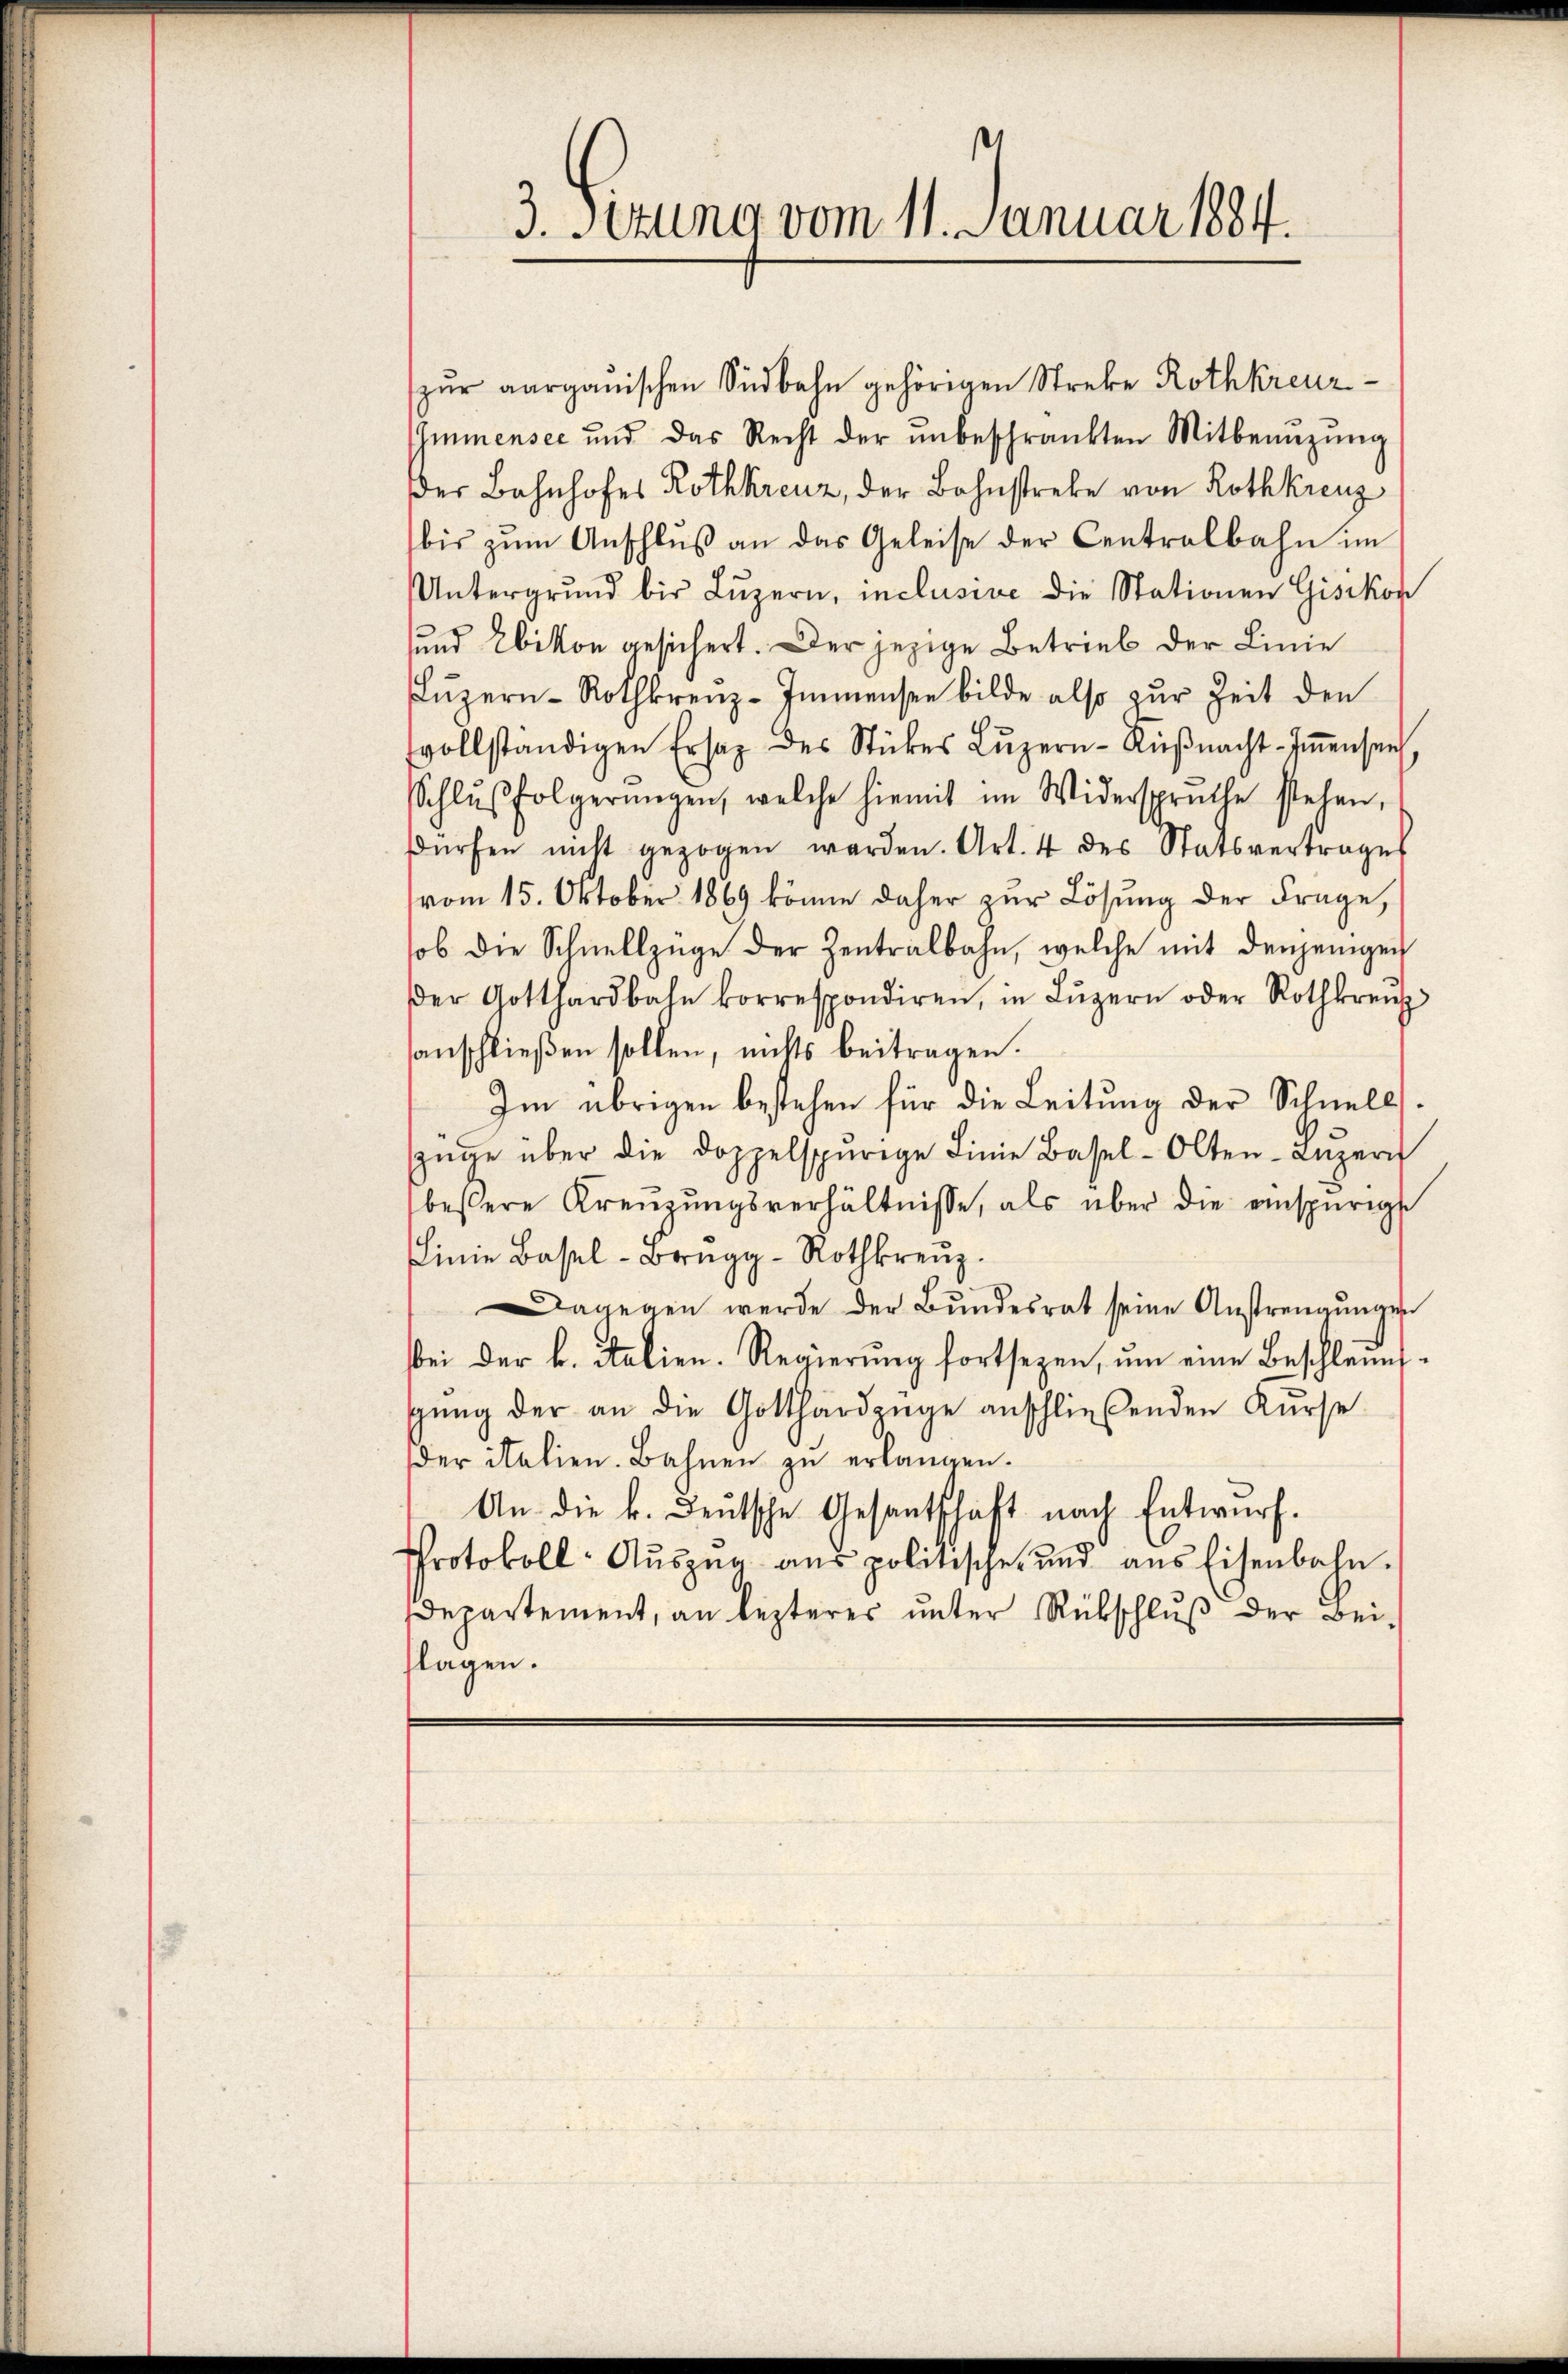
3. Setzung vom 11. Januar 1884.

pŭr aarganischen Südbahn gehörigen Streke Rothkreuz¬
Immensee und das Recht der ŭnbeschränkten Mitbenŭzŭng
Der Bahnhofes Rothkreuz, der Bahnstreke von Rothkreuz
bis zŭm Anschluß an das Geleise der Centralbahn im
Untergrund bis Lŭzern, inclusive die Stationen Gisikon
und Ebikon gesichert. Der jezige Betrieb der Linie
Lŭzern-Rothkreuz-Immensee bilde also zur Zeit den
vollständigen Ersaz des Stückes Lŭzern-Küβnacht-Iṁensen
Schlŭβ folgerŭngen, welche hiemit im Widerspruche stehen,
dürfen nicht gezogen werden. Art. 4 des Statsvertrages
vom 15. Oktober 1869 könne daher zŭr Lösung der Frage,
ob die Schnellzüge der Zentralbahn, welche mit denjenigen
Der Gotthardbahn korrespondiren, in Lŭzern oder Rothkreŭz
sanschließen sollen, nichts beitragen.
Im übrigen bestehen für die Leitung der Schnellszüge über die doppelspurige Linie Basel-Olten-Lŭzern
bessere Kreŭzŭngsverhältnisse, als über die einspurigst
inie Basel-Brŭgg-Rothkreuz.
Dagegen werde der Bundesrat seine Anstrengungen
bei der k. Italien. Regierŭng fortsezen, ŭm eine Beschleunsgŭng der an die Gotthardzüge anschlieβenden Kŭrse
der italien. Bahnen zŭ erlangen.
An die k. Deutsche Gesantschaft nach Entwurf.
Protokoll-Aŭszŭg ans politische und aus Eisenbahn.
departement, an lezterer ŭnter Rückschlŭβ der Bei-
flagen.